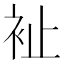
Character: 𧘲